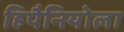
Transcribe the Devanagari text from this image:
हिपैनियोला